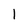
Character: l